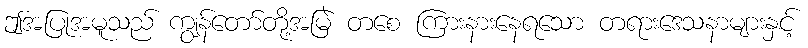
ဤအပြုအမူသည် ကျွန်တော်တို့အမြဲ တစေ ကြားနားနေရသော တရားဒေသနာများနှင့်